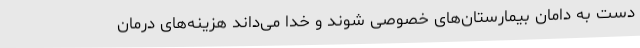
دست به دامان بیمارستان‌های خصوصی شوند و خدا می‌داند هزینه‌های درمان